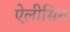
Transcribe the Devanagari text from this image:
ऐलीसिन